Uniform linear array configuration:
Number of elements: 48
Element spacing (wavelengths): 0.75
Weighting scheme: cosine
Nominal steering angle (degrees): -45
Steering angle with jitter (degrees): -43.317
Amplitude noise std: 0.05
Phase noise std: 0.05

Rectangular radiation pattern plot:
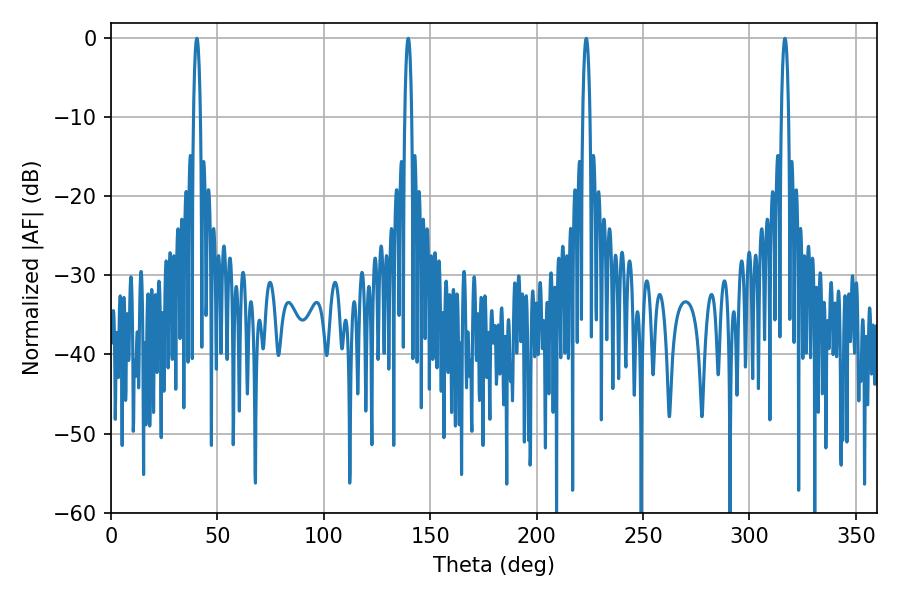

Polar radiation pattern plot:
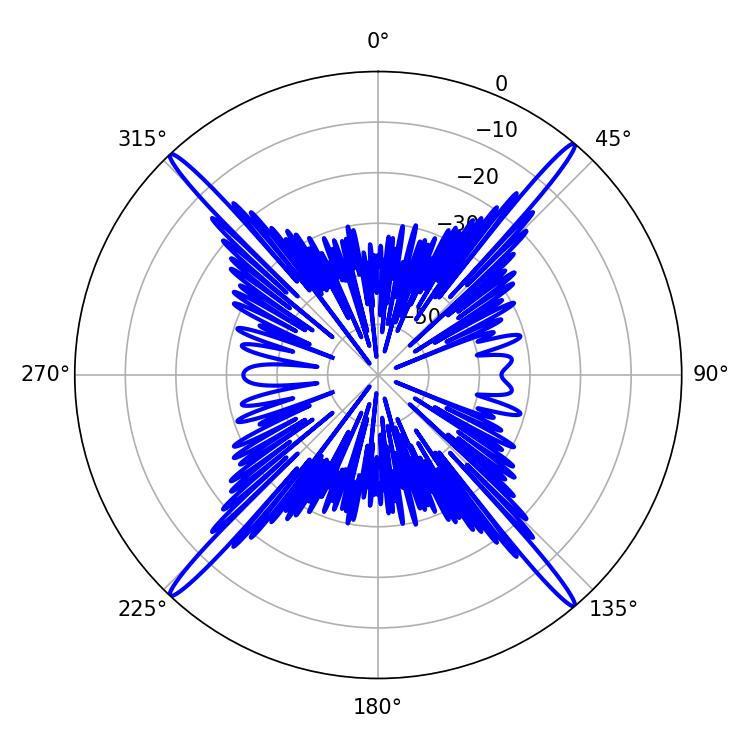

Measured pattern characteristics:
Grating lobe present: TRUE
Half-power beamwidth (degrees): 1.8
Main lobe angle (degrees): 40.32